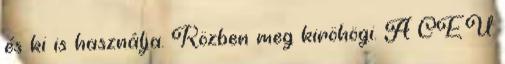
és ki is használja. Közben meg kiröhögi. A CEU